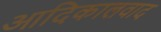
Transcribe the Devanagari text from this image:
आदिकालवाद